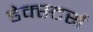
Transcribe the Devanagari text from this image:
डेक्स्टर्स